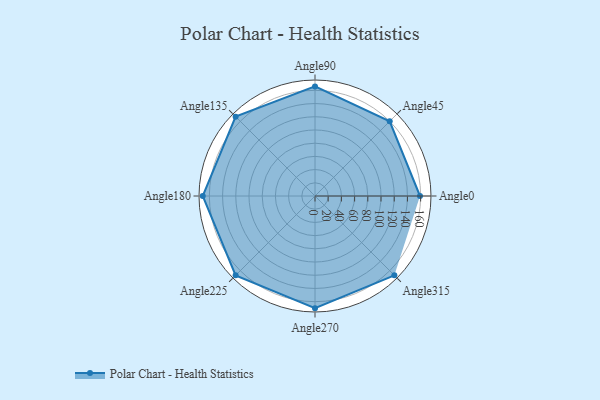
{"axis": {"x": "Angle", "y": "Radius"}, "legend": [""], "data": [{"x": "Angle0", "y": 159.0, "type": ""}, {"x": "Angle45", "y": 160.0, "type": ""}, {"x": "Angle90", "y": 166.0, "type": ""}, {"x": "Angle135", "y": 170, "type": ""}, {"x": "Angle180", "y": 170, "type": ""}, {"x": "Angle225", "y": 170, "type": ""}, {"x": "Angle270", "y": 170, "type": ""}, {"x": "Angle315", "y": 170, "type": ""}]}